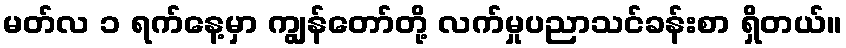
မတ်လ ၁ ရက်နေ့မှာ ကျွန်တော်တို့ လက်မှုပညာသင်ခန်းစာ ရှိတယ်။